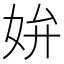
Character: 𡛞